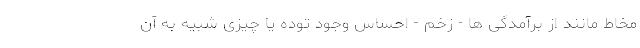
مخاط مانند از برآمدگی ها - زخم - احساس وجود توده یا چیزی شبیه به آن